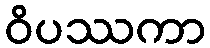
ဝိပဿကာ